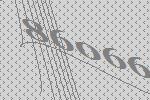
86066